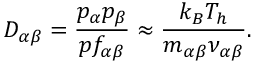
D _ { \alpha \beta } = \frac { p _ { \alpha } p _ { \beta } } { p f _ { \alpha \beta } } \approx \frac { k _ { B } T _ { h } } { m _ { \alpha \beta } \nu _ { \alpha \beta } } .